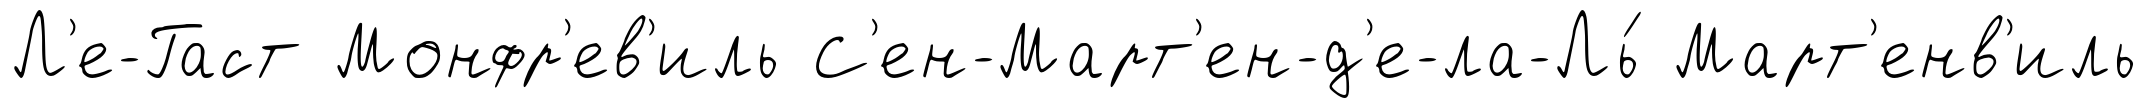
Л'е-Гаст Монфр'ев'иль С'ен-Март'ен-д'е-ла-Ль́ Март'енв'иль